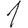
Digit: 1